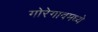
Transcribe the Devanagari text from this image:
गोरेगावमध्ये